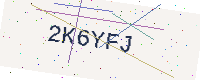
Text: 2K6YFJ